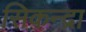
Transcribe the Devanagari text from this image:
सिकन्द्रा